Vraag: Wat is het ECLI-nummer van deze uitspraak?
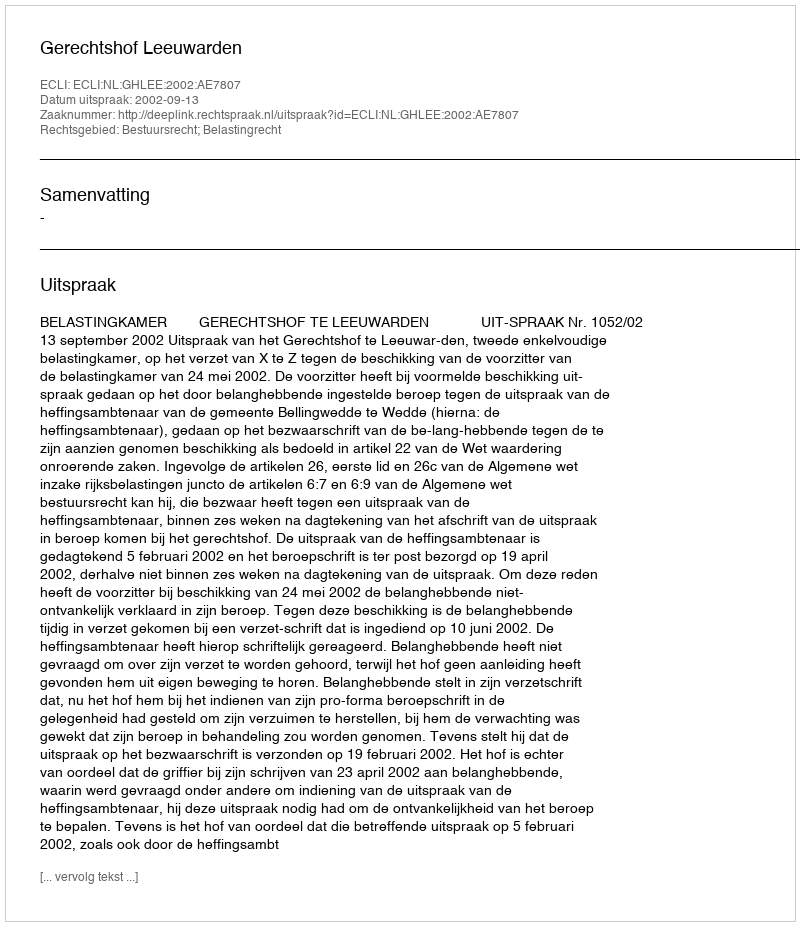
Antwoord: ECLI:NL:GHLEE:2002:AE7807